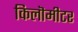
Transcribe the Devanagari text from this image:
किलॊमीटर